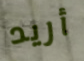
أريد